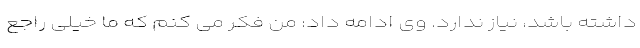
داشته باشد، نیاز ندارد. وی ادامه داد: من فکر می کنم که ما خیلی راجع